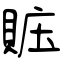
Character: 賘